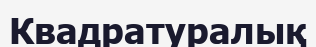
Квадратуралық